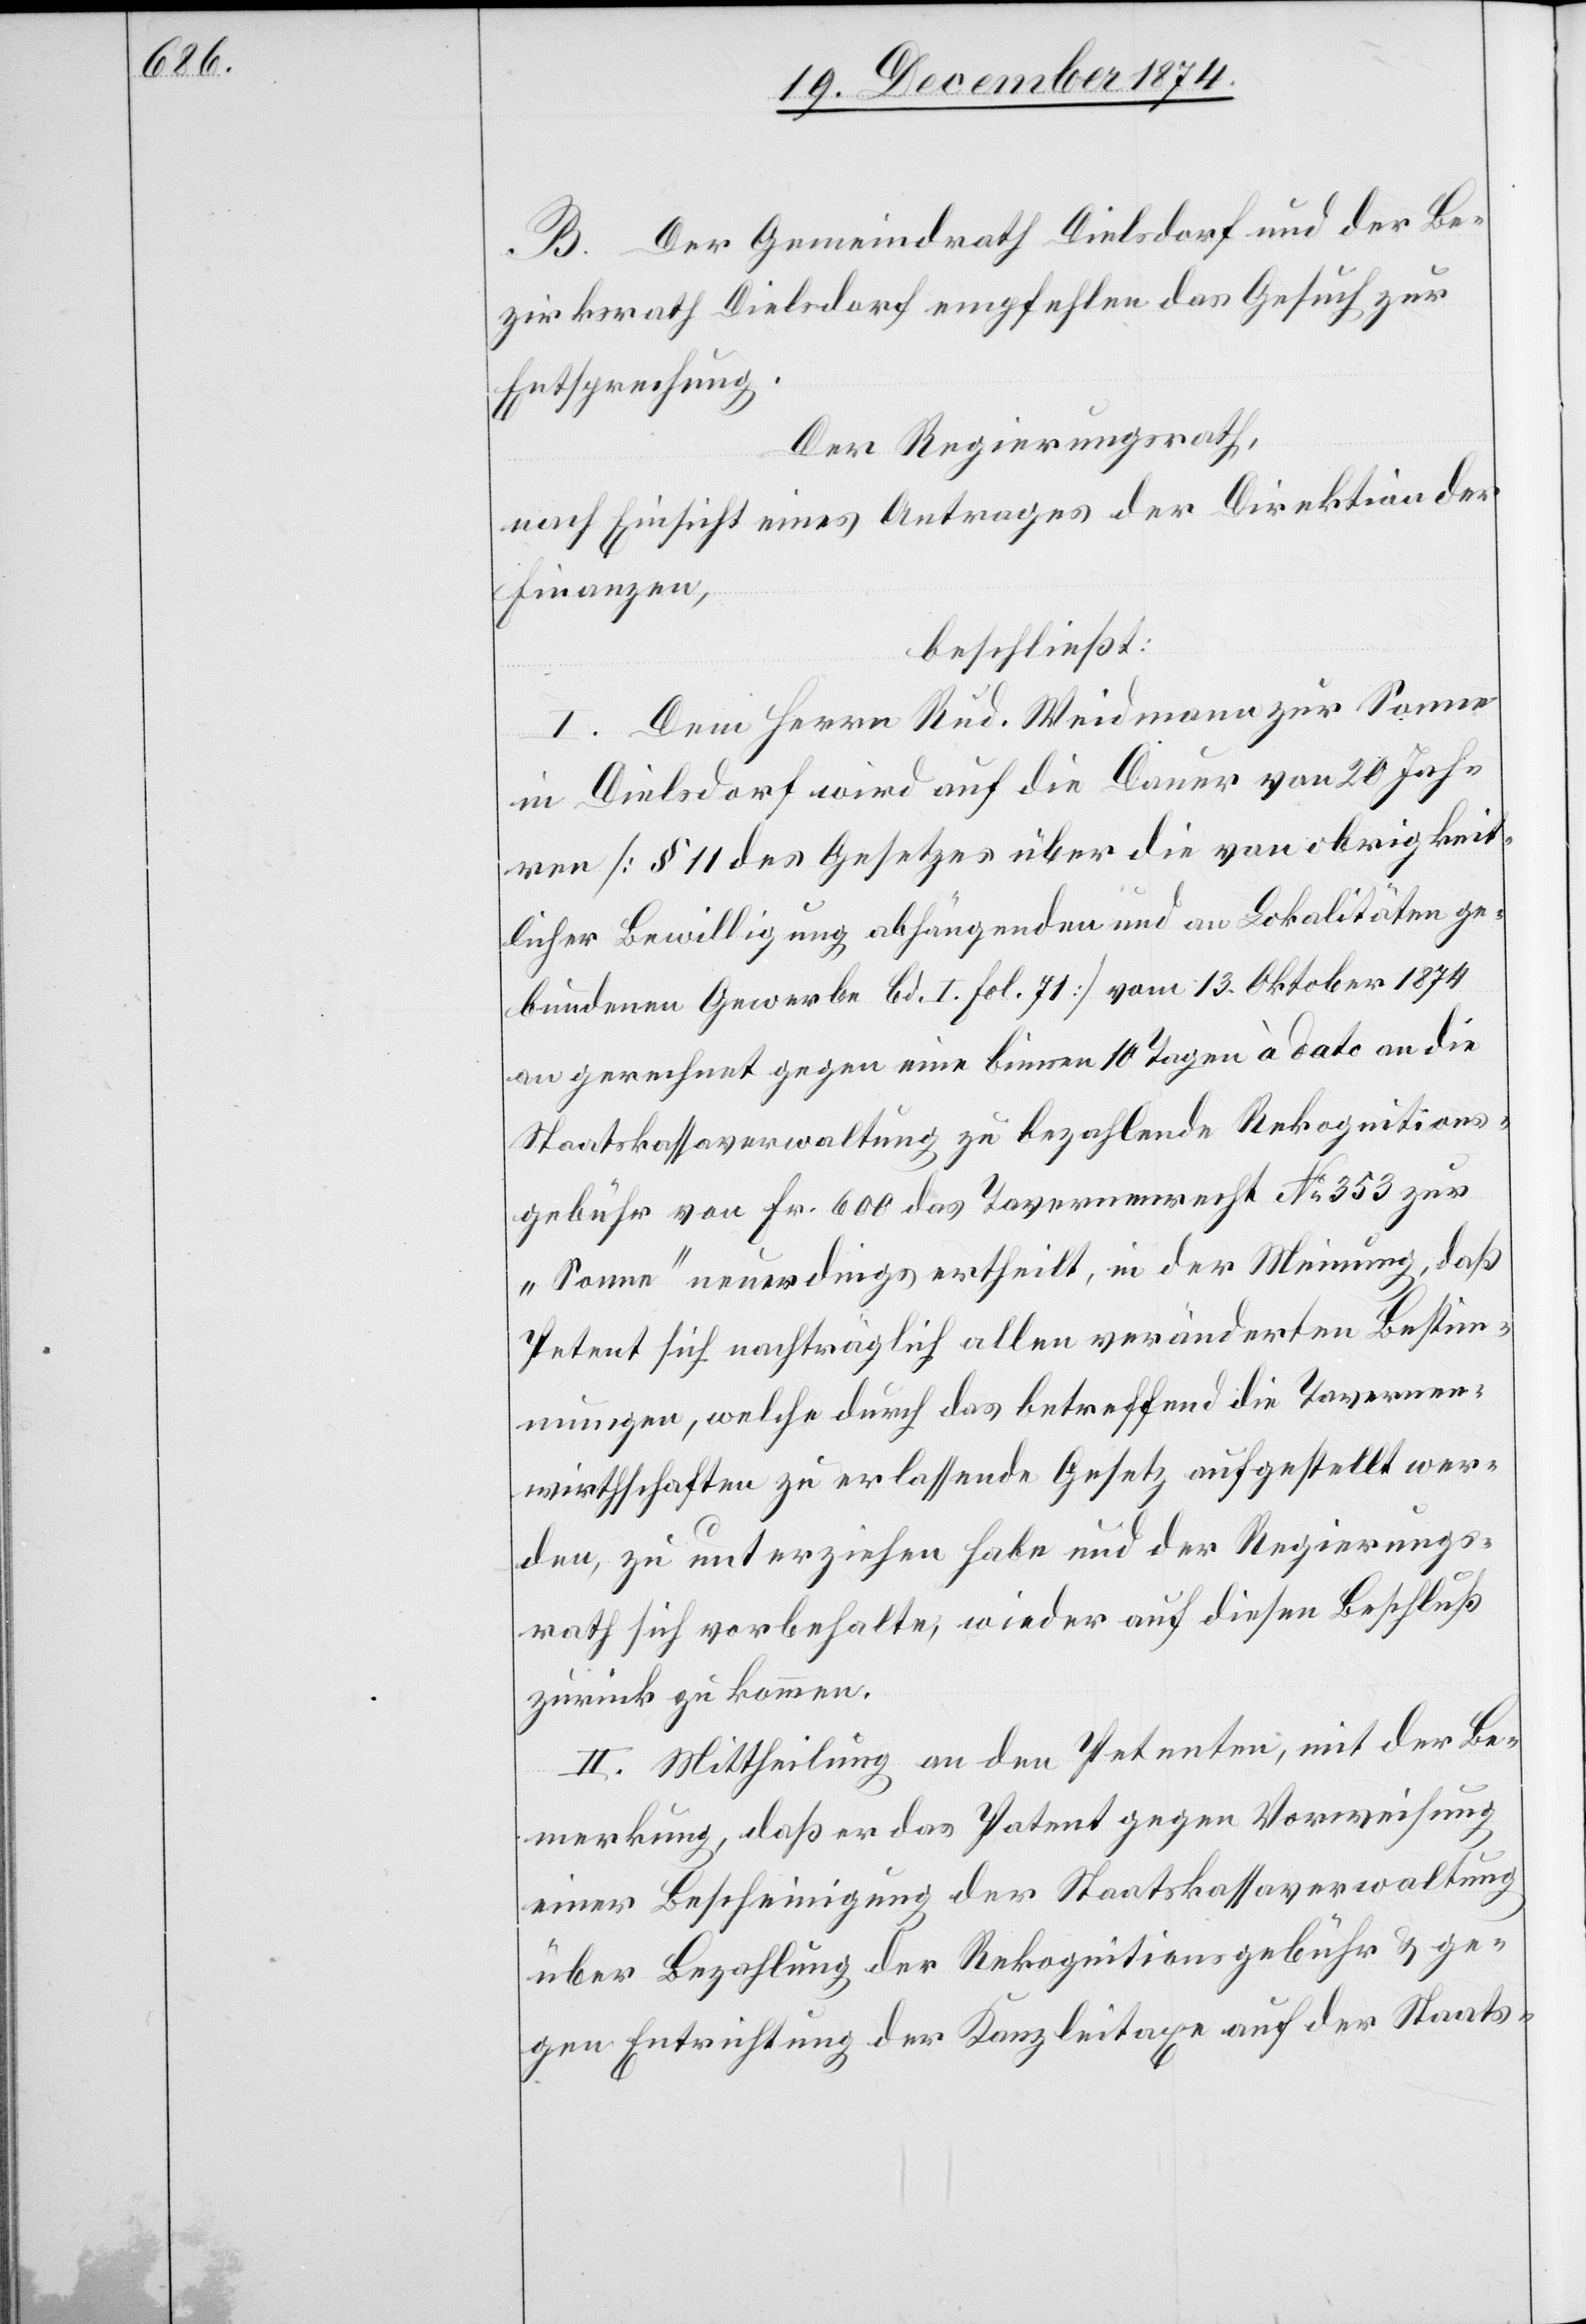
B. Der Gemeindrath Dielsdorf und der Be¬
zirksrath Dielsdorf empfehlen das Gesuch zur
Entsprechung.
Der Regierungsrath,
nach Einsicht eines Antrages der Direktion der
Finanzen,
beschließt.
I. Dem Herrn Rud. Weidmann zur Sonne
in Dielsdorf wird auf die Dauer von 20 Jah¬
ren [§ 11 des Gesetzes über die von obrigkeit¬
licher Bewilligung abhängenden und an Lokalitäten ge¬
bundenen Gewerbe Bd. I. Fol. 71] vom 13. Oktober 1874
an gerechnet gegen eine binnen 10 Tagen à dato an die
Staatskassaverwaltung zu bezahlende Rekognitions¬
gebühr von Fr. 600 das Tavernenrecht No 353 zur
„Sonne“ neuerdings ertheilt, in der Meinung, daß
Petent sich nachträglich allen veränderten Bestimm¬
ungen, welche durch das betreffend die Tavernen¬
wirthschaften zu erlassende Gesetz aufgestellt wer¬
den, zu unterziehen habe und der Regierungs¬
rath sich vorbehalte, wieder auf diesen Beschluß
zurück zu kommen.
II. Mittheilung an den Petenten, mit der Be¬
merkung, daß er das Patent gegen Vorreichung
einer Bescheinigung der Staatskassaverwaltung
über Bezahlung der Rekognitionsgebühr & ge¬
gen Entrichtung der Kanzleitaxe auf der Staats-